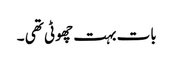
بات بہت چھوٹی تھی ۔